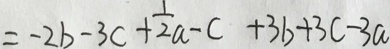
= - 2 b - 3 c + \frac { 1 } { 2 } a - c + 3 b + 3 c - 3 a